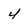
Character: Y